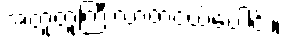
အတူတူကြီးလာတဲ့ငယ်ပေါင်း။